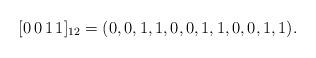
LaTeX: \begin{align*}[0\, 0\,1\, 1]_{12} = ( 0, 0, 1,1, 0, 0, 1,1, 0, 0, 1,1).\end{align*}